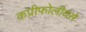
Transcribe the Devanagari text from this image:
कप्रीफोलीयसे